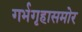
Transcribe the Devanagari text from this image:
गर्भगृहासमोर